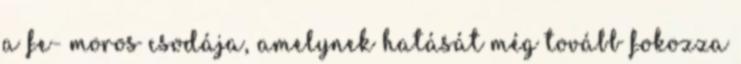
a fe- moros csodája, amelynek hatását még tovább fokozza